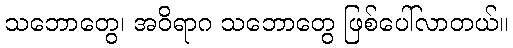
သဘောတွေ၊ အဝိရာဂ သဘောတွေ ဖြစ်ပေါ်လာတယ်။